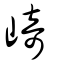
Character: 崎